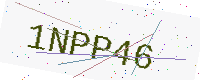
Text: 1NPP46